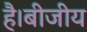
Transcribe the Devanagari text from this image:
है।बीजीय